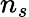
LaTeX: n_{s}